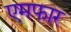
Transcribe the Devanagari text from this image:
एमफार